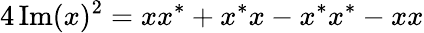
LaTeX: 4\operatorname{Im}(x)^{2}=xx^{*}+x^{*}x-x^{*}x^{*}-xx